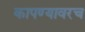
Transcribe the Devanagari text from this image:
कापण्यावरच